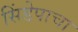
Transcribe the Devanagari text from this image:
सिंडेपाचा